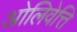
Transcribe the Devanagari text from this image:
ओलिवेत्ति